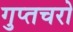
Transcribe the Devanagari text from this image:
गुप्‍तचरो